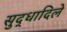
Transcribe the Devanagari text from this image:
सुद्धादिले